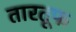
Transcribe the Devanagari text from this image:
तारतूफ